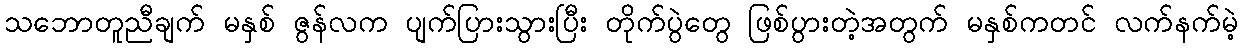
သဘောတူညီချက် မနှစ် ဇွန်လက ပျက်ပြားသွားပြီး တိုက်ပွဲတွေ ဖြစ်ပွားတဲ့အတွက် မနှစ်ကတင် လက်နက်မဲ့